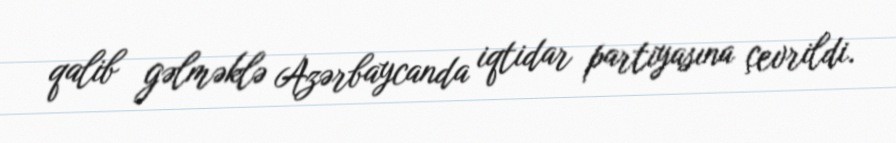
qalib gəlməklə Azərbaycanda iqtidar partiyasına çevrildi.